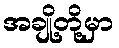
အချို့တို့မှာ